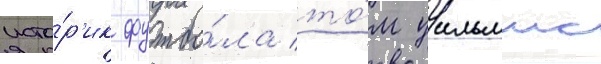
исто́р'ик футбо́ла то́м уильямс